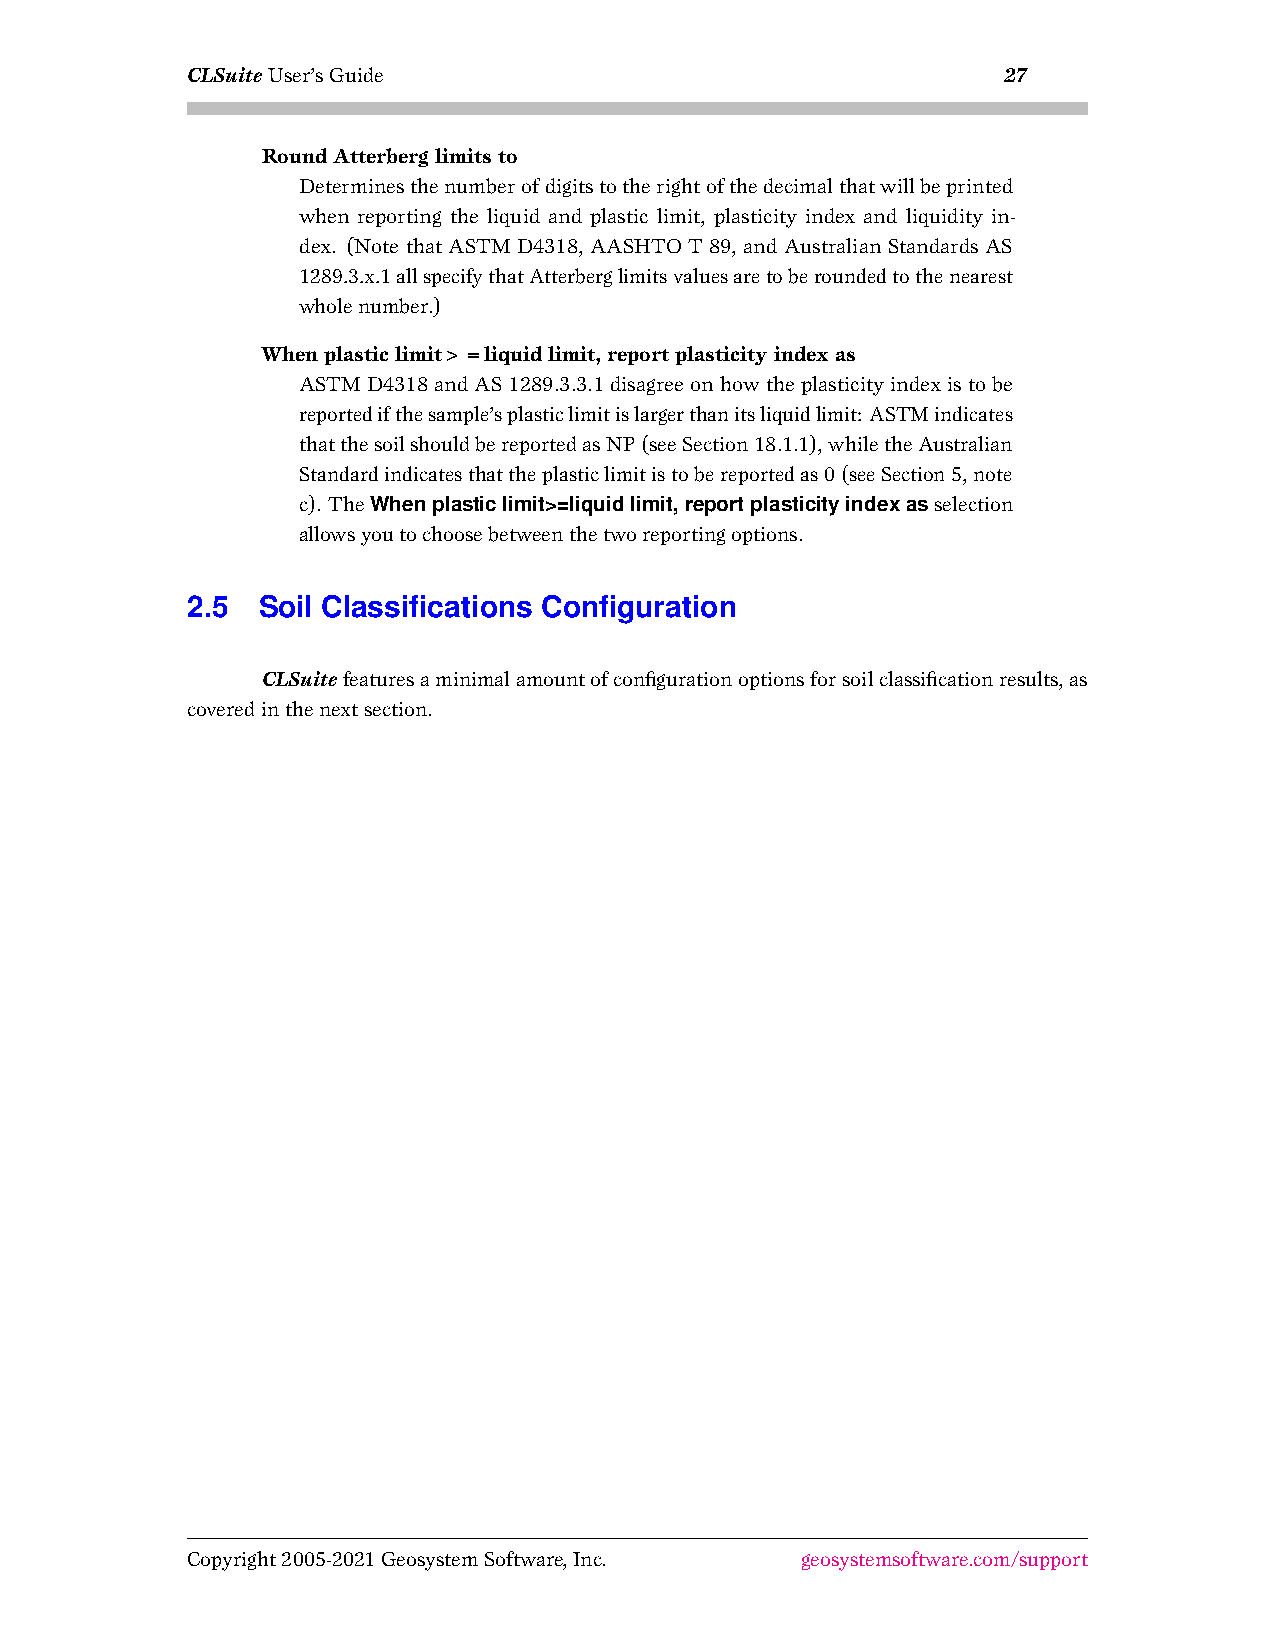
CLSuiteUser’sGuide                                    27
 RoundAtterberglimitsto
 Determinesthenumberofdigitstotherightofthedecimalthatwillbeprinted
 when reporting the liquid and plastic limit, plasticity index and liquidity in-
 dex. (Note that ASTMD4318, AASHTO T89, andAustralian Standards AS
 1289.3.x.1allspecifythatAtterberglimitsvaluesaretoberoundedtothenearest
 wholenumber.)
 Whenplasticlimit>=liquidlimit,reportplasticityindexas
 ASTMD4318andAS1289.3.3.1disagreeonhowtheplasticityindexistobe
 reportedifthesample’splasticlimitislargerthanitsliquidlimit: ASTMindicates
 thatthesoilshouldbereportedasNP(seeSection18.1.1),whiletheAustralian
 Standardindicatesthattheplasticlimitistobereportedas0(seeSection5,note
 c). TheWhenplasticlimit>=liquidlimit,reportplasticityindexasselection
 allowsyoutochoosebetweenthetworeportingoptions.
 2.5  Soil Classifications Configuration
 CLSuitefeaturesaminimalamountofconfigurationoptionsforsoilclassificationresults,as
 coveredinthenextsection.
 Copyright2005-2021GeosystemSoftware,Inc. geosystemsoftware.com/support